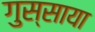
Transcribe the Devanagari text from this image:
गुस्साया